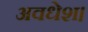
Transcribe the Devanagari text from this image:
अवधेश।